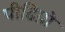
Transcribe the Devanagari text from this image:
पीढिय़ो